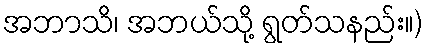
အဘာသိ၊ အဘယ်သို့ ရွတ်သနည်း။)